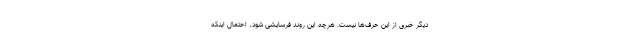
دیگر خبری از این حرف‌ها نیست. هرچه این روند فرسایشی شود، احتمال اینکه